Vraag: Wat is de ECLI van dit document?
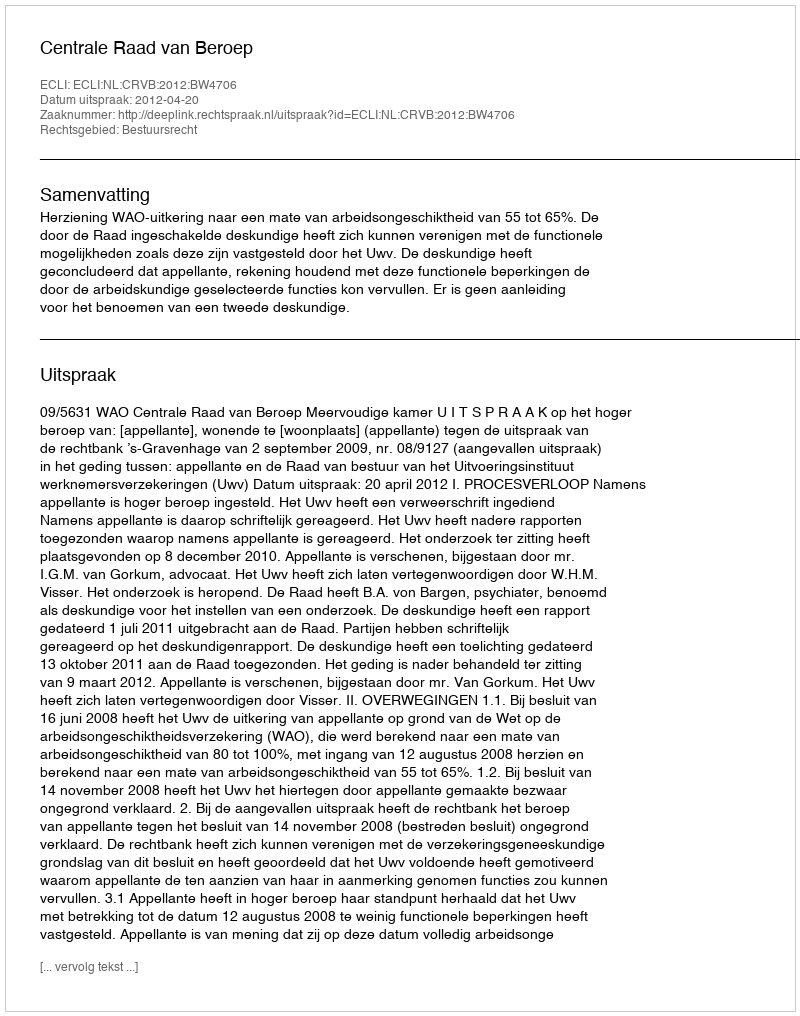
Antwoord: ECLI:NL:CRVB:2012:BW4706